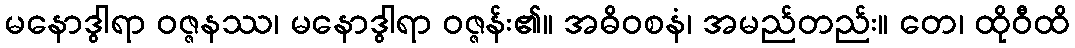
မနောဒွါရာ ဝဇ္ဇနဿ၊ မနောဒွါရာ ဝဇ္ဇန်း၏။ အဓိဝစနံ၊ အမည်တည်း။ တေ၊ ထိုဝီထိ